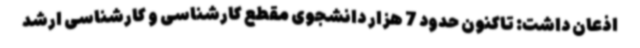
اذعان داشت: تاکنون حدود 7 هزار دانشجوی مقطع کارشناسی و کارشناسی ارشد